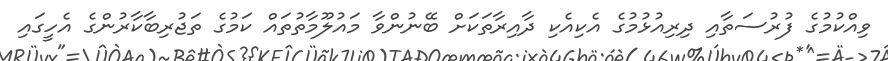
ވިއްކުމުގެ ފުރުސަތާއި ދިރިއުޅުމުގެ އެކިއެކި ދާއިރާތަކަށް ބޭނުންވާ މައުލޫމާތުތައް ކަމުގެ ތަޖުރިބާކާރުންގެ އެހީގައި